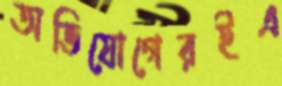
অভিযোগেরইএ